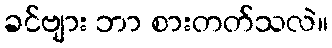
ခင်ဗျား ဘာ စားတတ်သလဲ။